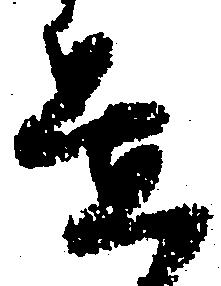
置